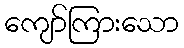
ကျော်ကြားသော